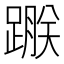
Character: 𨃵